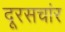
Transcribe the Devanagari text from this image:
दूरसचांर